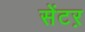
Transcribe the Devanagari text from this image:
सेंटऱ